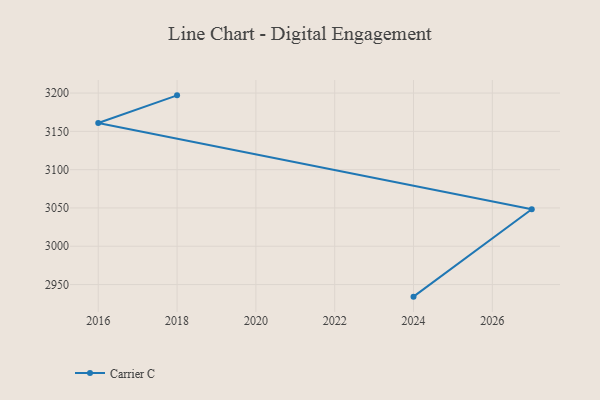
{"axis": {"x": "Year", "y": "Tickets Resolved"}, "legend": ["Carrier C"], "data": [{"x": "2018", "y": 3197.0, "type": "Carrier C"}, {"x": "2016", "y": 3160.9, "type": "Carrier C"}, {"x": "2027", "y": 3048.3, "type": "Carrier C"}, {"x": "2024", "y": 2934.2, "type": "Carrier C"}]}